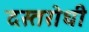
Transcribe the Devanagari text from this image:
दस्तरोधी